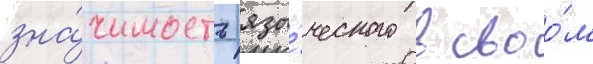
зна́чимость язы́ческого в своо́м